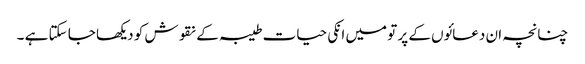
چنانچہ ان دعائوں کے پر تو میں انکی حیات طیبہ کے نقوش کو دیکھا جا سکتا ہے ۔